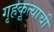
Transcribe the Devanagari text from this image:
गृहकृत्याची